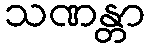
သဏန္တာ